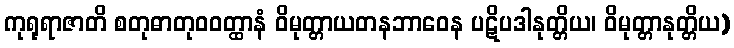
ကုရုရာဇာတိ စတုဓာတုဝဝတ္ထာနံ ဝိမုတ္တာယတနဘာဝေန ပဋိပဒါနုတ္တိယ၊ ဝိမုတ္တာနုတ္တိယ)